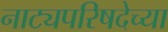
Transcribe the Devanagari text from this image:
नाट्यपरिषदेच्या